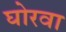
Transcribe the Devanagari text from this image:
घोरवा